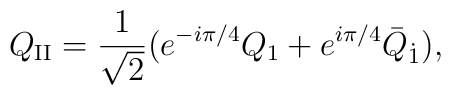
Q_{\rm II}= \frac{1}{\sqrt{2}}              (e^{-i\pi/4}Q_1 + e^{i\pi/4}\bar{Q}_{\dot{1}}),